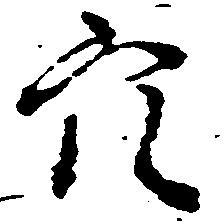
穴